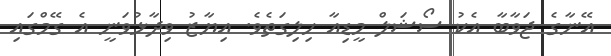
އޭނާގެ ޖަވާބާ އެކު ސޯޝަލް މީޑިއާ ހިލިގަތެވެ. އިޔާޒު ވިދާޅުވަނީ އެ ގޭމްގައި